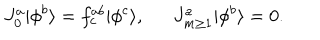
J _ { 0 } ^ { a } | \phi ^ { b } \rangle = f _ { c } ^ { a b } | \phi ^ { c } \rangle , J _ { m \ge 1 } ^ { a } | \phi ^ { b } \rangle = 0 .